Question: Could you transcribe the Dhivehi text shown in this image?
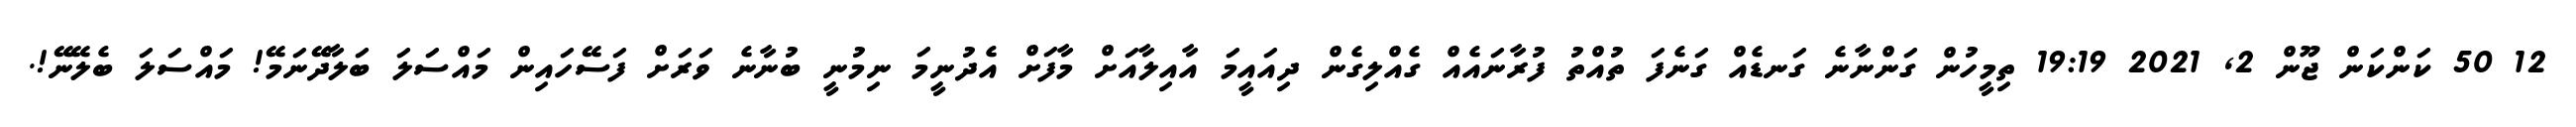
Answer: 12 50 ކަންކަން ޖޫން 2, 2021 19:19 ތިމީހުން ގަންނާނެ ގަނޑެއް ގަނެފަ ތުއްތު ފުރާނައެއް ގެއްލިގެން ދިއައީމަ އާއިލާއަށް މާފަށް އެދުނީމަ ނިމުނީ ބުނާނެ ވަރަށް ފަސޭހައިން މައްސަލަ ބަލާދޭނަމޭ! މައްސަލަ ބެލޭނޭ!.